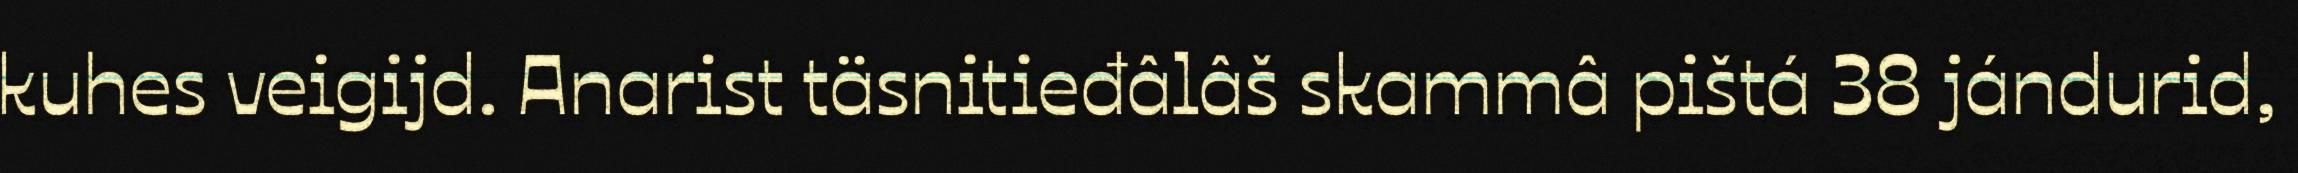
kuhes veigijd. Anarist täsnitieđâlâš skammâ pištá 38 jándurid,